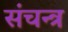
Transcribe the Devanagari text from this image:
संचन्त्र